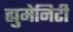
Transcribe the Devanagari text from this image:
ह्युमेनिटी